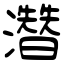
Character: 濳